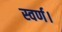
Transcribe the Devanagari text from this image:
स्वर्ण।